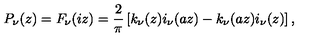
P _ { \nu } ( z ) = F _ { \nu } ( i z ) = { \frac { 2 } { \pi } } \left[ k _ { \nu } ( z ) i _ { \nu } ( a z ) - k _ { \nu } ( a z ) i _ { \nu } ( z ) \right] ,